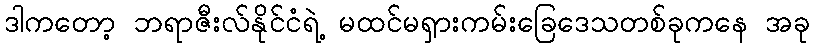
ဒါကတော့ ဘရာဇီးလ်နိုင်ငံရဲ့ မထင်မရှားကမ်းခြေဒေသတစ်ခုကနေ အခု